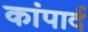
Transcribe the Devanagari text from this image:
कांपार्द